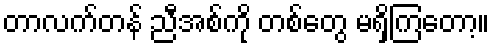
တာလက်တန် ညီအစ်ကို တစ်တွေ မရှိကြတော့။